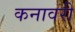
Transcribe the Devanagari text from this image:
कनावरी